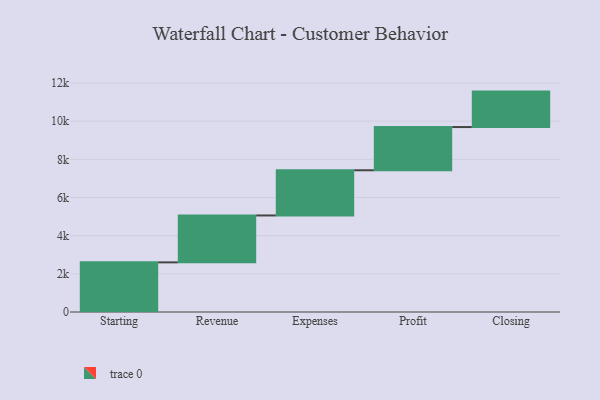
{"axis": {"x": "Step", "y": "Value"}, "legend": [""], "data": [{"x": "Starting", "y": 2601.0, "type": ""}, {"x": "Revenue", "y": 2458.0, "type": ""}, {"x": "Expenses", "y": 2369.0, "type": ""}, {"x": "Profit", "y": 2264.0, "type": ""}, {"x": "Closing", "y": 1858.0, "type": ""}]}